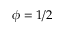
\phi = 1 / 2